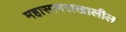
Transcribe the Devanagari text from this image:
महासागराखालील